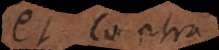
et contra.